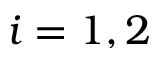
i = 1 , 2